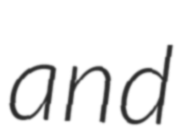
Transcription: and